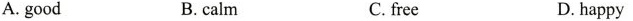
A.good B.calm C.free D.happy